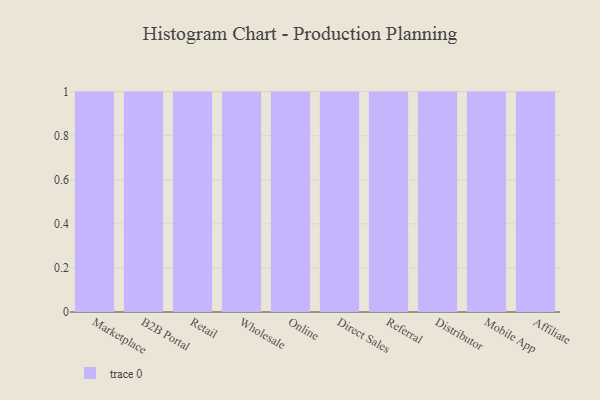
{"axis": {"x": "Channel", "y": "Gross Profit (USD K)"}, "legend": [""], "data": [{"x": "Marketplace", "y": 32, "type": ""}, {"x": "B2B Portal", "y": 45, "type": ""}, {"x": "Retail", "y": 51, "type": ""}, {"x": "Wholesale", "y": 25, "type": ""}, {"x": "Online", "y": 96, "type": ""}, {"x": "Direct Sales", "y": 51, "type": ""}, {"x": "Referral", "y": 73, "type": ""}, {"x": "Distributor", "y": 42, "type": ""}, {"x": "Mobile App", "y": 3, "type": ""}, {"x": "Affiliate", "y": 86, "type": ""}]}